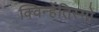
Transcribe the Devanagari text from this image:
क्विन्हेंतिस्मो